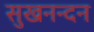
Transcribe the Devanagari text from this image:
सुखनन्दन